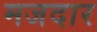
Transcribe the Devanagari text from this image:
मजदार